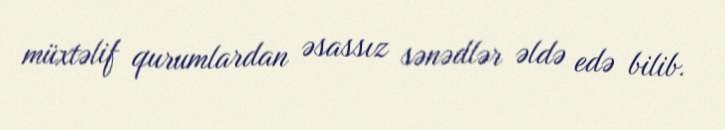
müxtəlif qurumlardan əsassız sənədlər əldə edə bilib.